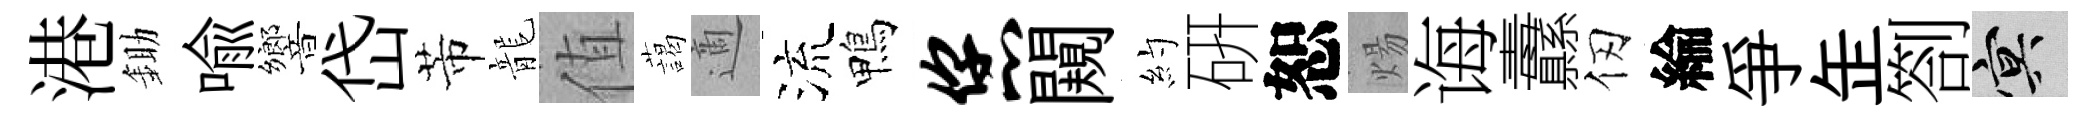
港鋤喩響岱芾龍值藹適流鴨您闚約硏恕煬诲纛仞綸爭𦈢劄冥